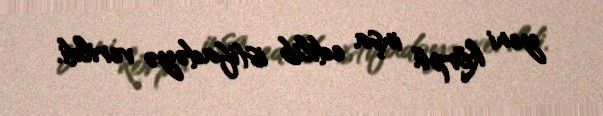
yeni körpü inşa edilib istifadəyə verildi.